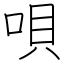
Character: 唄